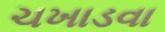
ચખાડવા